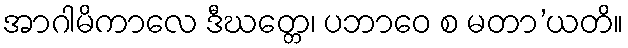
အာဂါမိကာလေ ဒီဃတ္တေ၊ ပဘာဝေ စ မတာ’ယတိ။